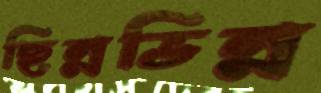
ছিন্নভিন্ন